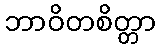
ဘာဝိတစိတ္တာ